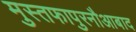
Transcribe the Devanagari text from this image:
मुस्तफापुरनौआबाद